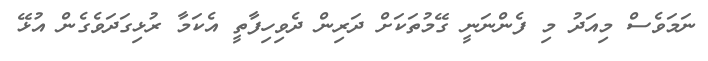
ނަމަވެސް މިއަދު މި ފެންނަނީ ގޭމުތަކަށް ދަރިން ދެވިހިފާތީ އެކަމާ ރުޅިގަދަވެގެން އުޅޭ